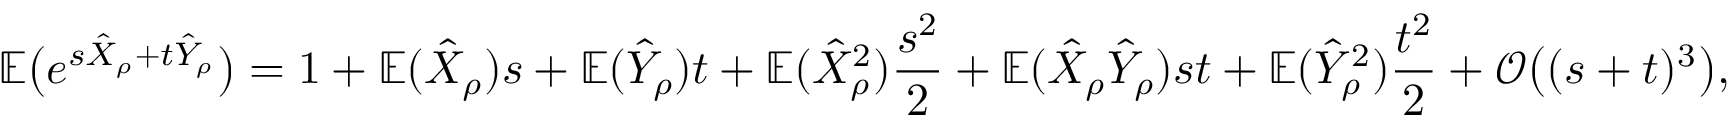
{ \mathbb { E } } \big ( e ^ { s \hat { X } _ { \rho } + t \hat { Y } _ { \rho } } \big ) = 1 + { \mathbb { E } } ( \hat { X } _ { \rho } ) s + { \mathbb { E } } ( \hat { Y } _ { \rho } ) t + { \mathbb { E } } ( \hat { X } _ { \rho } ^ { 2 } ) \frac { s ^ { 2 } } { 2 } + { \mathbb { E } } ( \hat { X } _ { \rho } \hat { Y } _ { \rho } ) s t + { \mathbb { E } } ( \hat { Y } _ { \rho } ^ { 2 } ) \frac { t ^ { 2 } } { 2 } + \mathcal { O } \big ( ( s + t ) ^ { 3 } \big ) ,